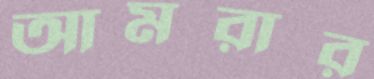
আমরার